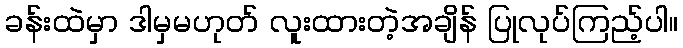
ခန်းထဲမှာ ဒါမှမဟုတ် လူးထားတဲ့အချိန် ပြုလုပ်ကြည့်ပါ။